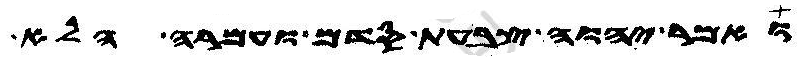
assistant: ואמר יהוה צבעת סדם ועמרה הלא